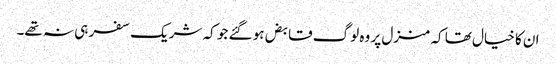
ان کا خیال تھا کہ منزل پر وہ لوگ قابض ہو گئے جو کہ شریک سفر ہی نہ تھے۔